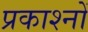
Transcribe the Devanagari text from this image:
प्रकाश्नों